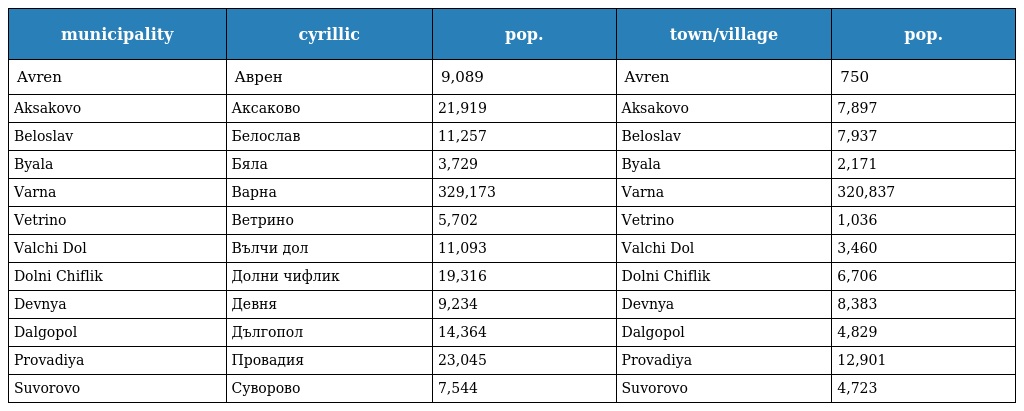
| municipality | cyrillic | pop. | town/village | pop. |
 | --- | --- | --- | --- | --- |
 | Avren | Аврен | 9,089 | Avren | 750 |
 | Aksakovo | Аксаково | 21,919 | Aksakovo | 7,897 |
 | Beloslav | Белослав | 11,257 | Beloslav | 7,937 |
 | Byala | Бяла | 3,729 | Byala | 2,171 |
 | Varna | Варна | 329,173 | Varna | 320,837 |
 | Vetrino | Ветрино | 5,702 | Vetrino | 1,036 |
 | Valchi Dol | Вълчи дол | 11,093 | Valchi Dol | 3,460 |
 | Dolni Chiflik | Долни чифлик | 19,316 | Dolni Chiflik | 6,706 |
 | Devnya | Девня | 9,234 | Devnya | 8,383 |
 | Dalgopol | Дългопол | 14,364 | Dalgopol | 4,829 |
 | Provadiya | Провадия | 23,045 | Provadiya | 12,901 |
 | Suvorovo | Суворово | 7,544 | Suvorovo | 4,723 |